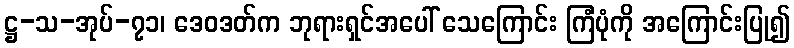
ဋ္ဌ-သ-အုပ်-၇၁၊ ဒေဝဒတ်က ဘုရားရှင်အပေါ် သေကြောင်း ကြံပုံကို အကြောင်းပြု၍